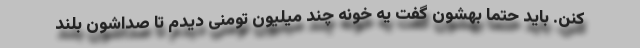
کنن. باید حتما بهشون گفت یه خونه چند میلیون تومنی دیدم تا صداشون بلند